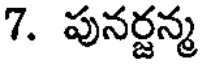
7. పునర్జన్మ